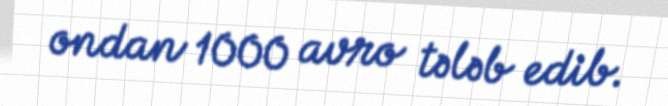
ondan 1000 avro tələb edib.